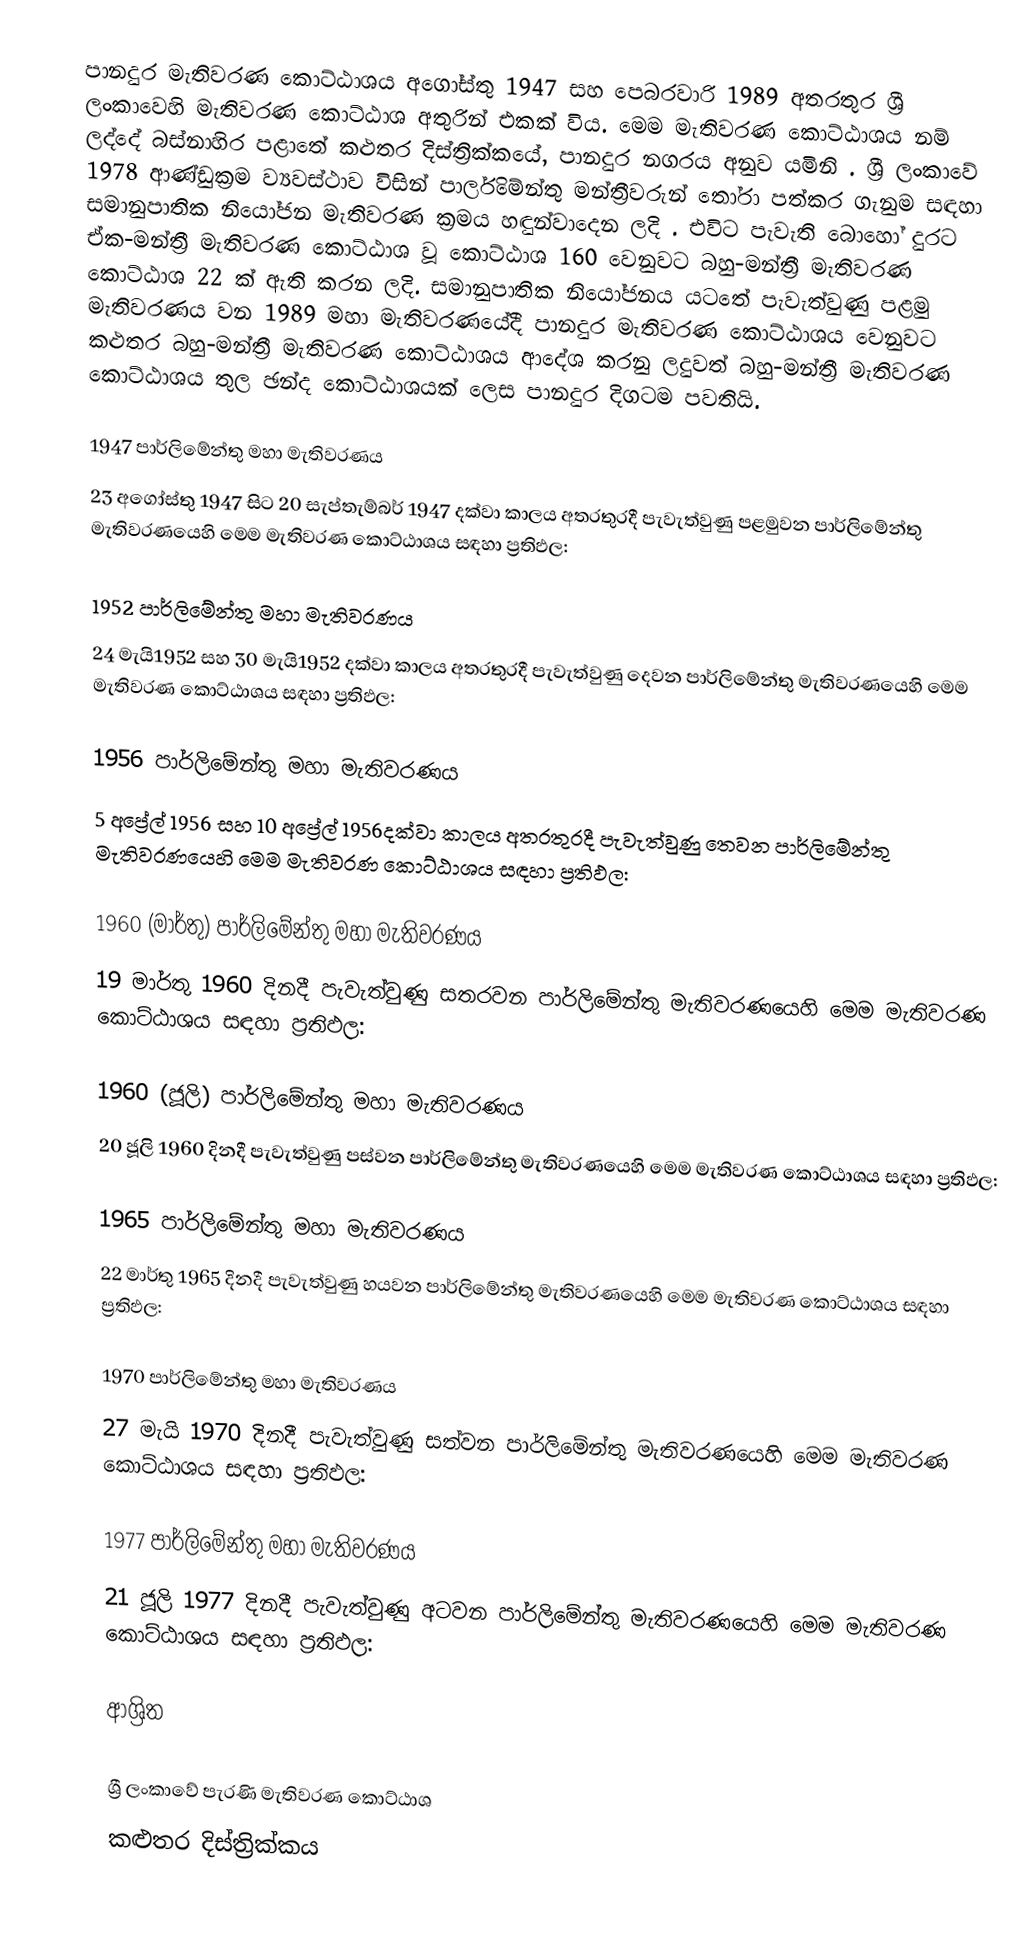
පානදුර මැතිවරණ කොට්ඨාශය  අගෝස්තු 1947 සහ පෙබරවාරි 1989 අතරතුර  ශ්‍රී ලංකාවෙහි  මැතිවරණ කොට්ඨාශ අතුරින් එකක් විය. මෙම මැතිවරණ කොට්ඨාශය නම් ලද්දේ බස්නාහිර පළාතේ කළුතර දිස්ත්‍රික්කයේ,  පානදුර  නගරය අනුව යමිනි . ශ්‍රී ලංකාවේ 1978 ආණ්ඩුක්‍රම ව්‍යවස්ථාව විසින්   පාර්ලිමේන්තු මන්ත්‍රීවරුන් තෝරා පත්කර ගැනුම සඳහා සමානුපාතික නියෝජන මැතිවරණ ක්‍රමය හඳුන්වාදෙන ලදි . එවිට පැවැති බොහෝ දුරට  ඒක-මන්ත්‍රී මැතිවරණ කොට්ඨාශ වූ කොට්ඨාශ 160 වෙනුවට බහු-මන්ත්‍රී මැතිවරණ කොට්ඨාශ 22 ක් ඇති කරන ලදි. සමානුපාතික නියෝජනය යටතේ පැවැත්වුණු  පළමු මැතිවරණය වන 1989 මහා මැතිවරණයේදී  පානදුර මැතිවරණ කොට්ඨාශය වෙනුවට කළුතර බහු-මන්ත්‍රී මැතිවරණ කොට්ඨාශය  ආදේශ කරනු ලදුවත් බහු-මන්ත්‍රී මැතිවරණ කොට්ඨාශය තුල ඡන්ද කොට්ඨාශයක් ලෙස පානදුර දිගටම පවතියි.

1947 පාර්ලිමේන්තු මහා මැතිවරණය
23 අගෝස්තු 1947 සිට 20 සැප්තැම්බර් 1947 දක්වා කාලය අතරතුරදී පැවැත්වුණු   පළමුවන පාර්ලිමේන්තු මැතිවරණයෙහි මෙම මැතිවරණ කොට්ඨාශය සඳහා ප්‍රතිඵල:

1952 පාර්ලිමේන්තු මහා මැතිවරණය
24 මැයි1952 සහ 30 මැයි1952 දක්වා කාලය අතරතුරදී පැවැත්වුණු   දෙවන පාර්ලිමේන්තු මැතිවරණයෙහි මෙම මැතිවරණ කොට්ඨාශය සඳහා ප්‍රතිඵල:

1956 පාර්ලිමේන්තු මහා මැතිවරණය
5 අප්‍රේල් 1956 සහ 10 අප්‍රේල් 1956දක්වා කාලය අතරතුරදී පැවැත්වුණු   තෙවන පාර්ලිමේන්තු මැතිවරණයෙහි මෙම මැතිවරණ කොට්ඨාශය සඳහා ප්‍රතිඵල:

1960 (මාර්තු) පාර්ලිමේන්තු මහා මැතිවරණය
19 මාර්තු 1960 දිනදී පැවැත්වුණු   සතරවන පාර්ලිමේන්තු මැතිවරණයෙහි මෙම මැතිවරණ කොට්ඨාශය සඳහා ප්‍රතිඵල:

1960 (ජූලි) පාර්ලිමේන්තු මහා මැතිවරණය
20 ජූලි 1960 දිනදී පැවැත්වුණු   පස්වන පාර්ලිමේන්තු මැතිවරණයෙහි මෙම මැතිවරණ කොට්ඨාශය සඳහා ප්‍රතිඵල:

1965 පාර්ලිමේන්තු මහා මැතිවරණය
22 මාර්තු 1965  දිනදී පැවැත්වුණු   හයවන පාර්ලිමේන්තු මැතිවරණයෙහි මෙම මැතිවරණ කොට්ඨාශය සඳහා ප්‍රතිඵල:

1970 පාර්ලිමේන්තු මහා මැතිවරණය
27 මැයි 1970 දිනදී පැවැත්වුණු   සත්වන පාර්ලිමේන්තු මැතිවරණයෙහි මෙම මැතිවරණ කොට්ඨාශය සඳහා ප්‍රතිඵල:

1977 පාර්ලිමේන්තු මහා මැතිවරණය
21 ජූලි 1977 දිනදී පැවැත්වුණු   අටවන පාර්ලිමේන්තු මැතිවරණයෙහි මෙම මැතිවරණ කොට්ඨාශය සඳහා ප්‍රතිඵල:

ආශ්‍රිත

ශ්‍රී ලංකාවේ පැරණි මැතිවරණ කොට්ඨාශ
කළුතර දිස්ත්‍රික්කය